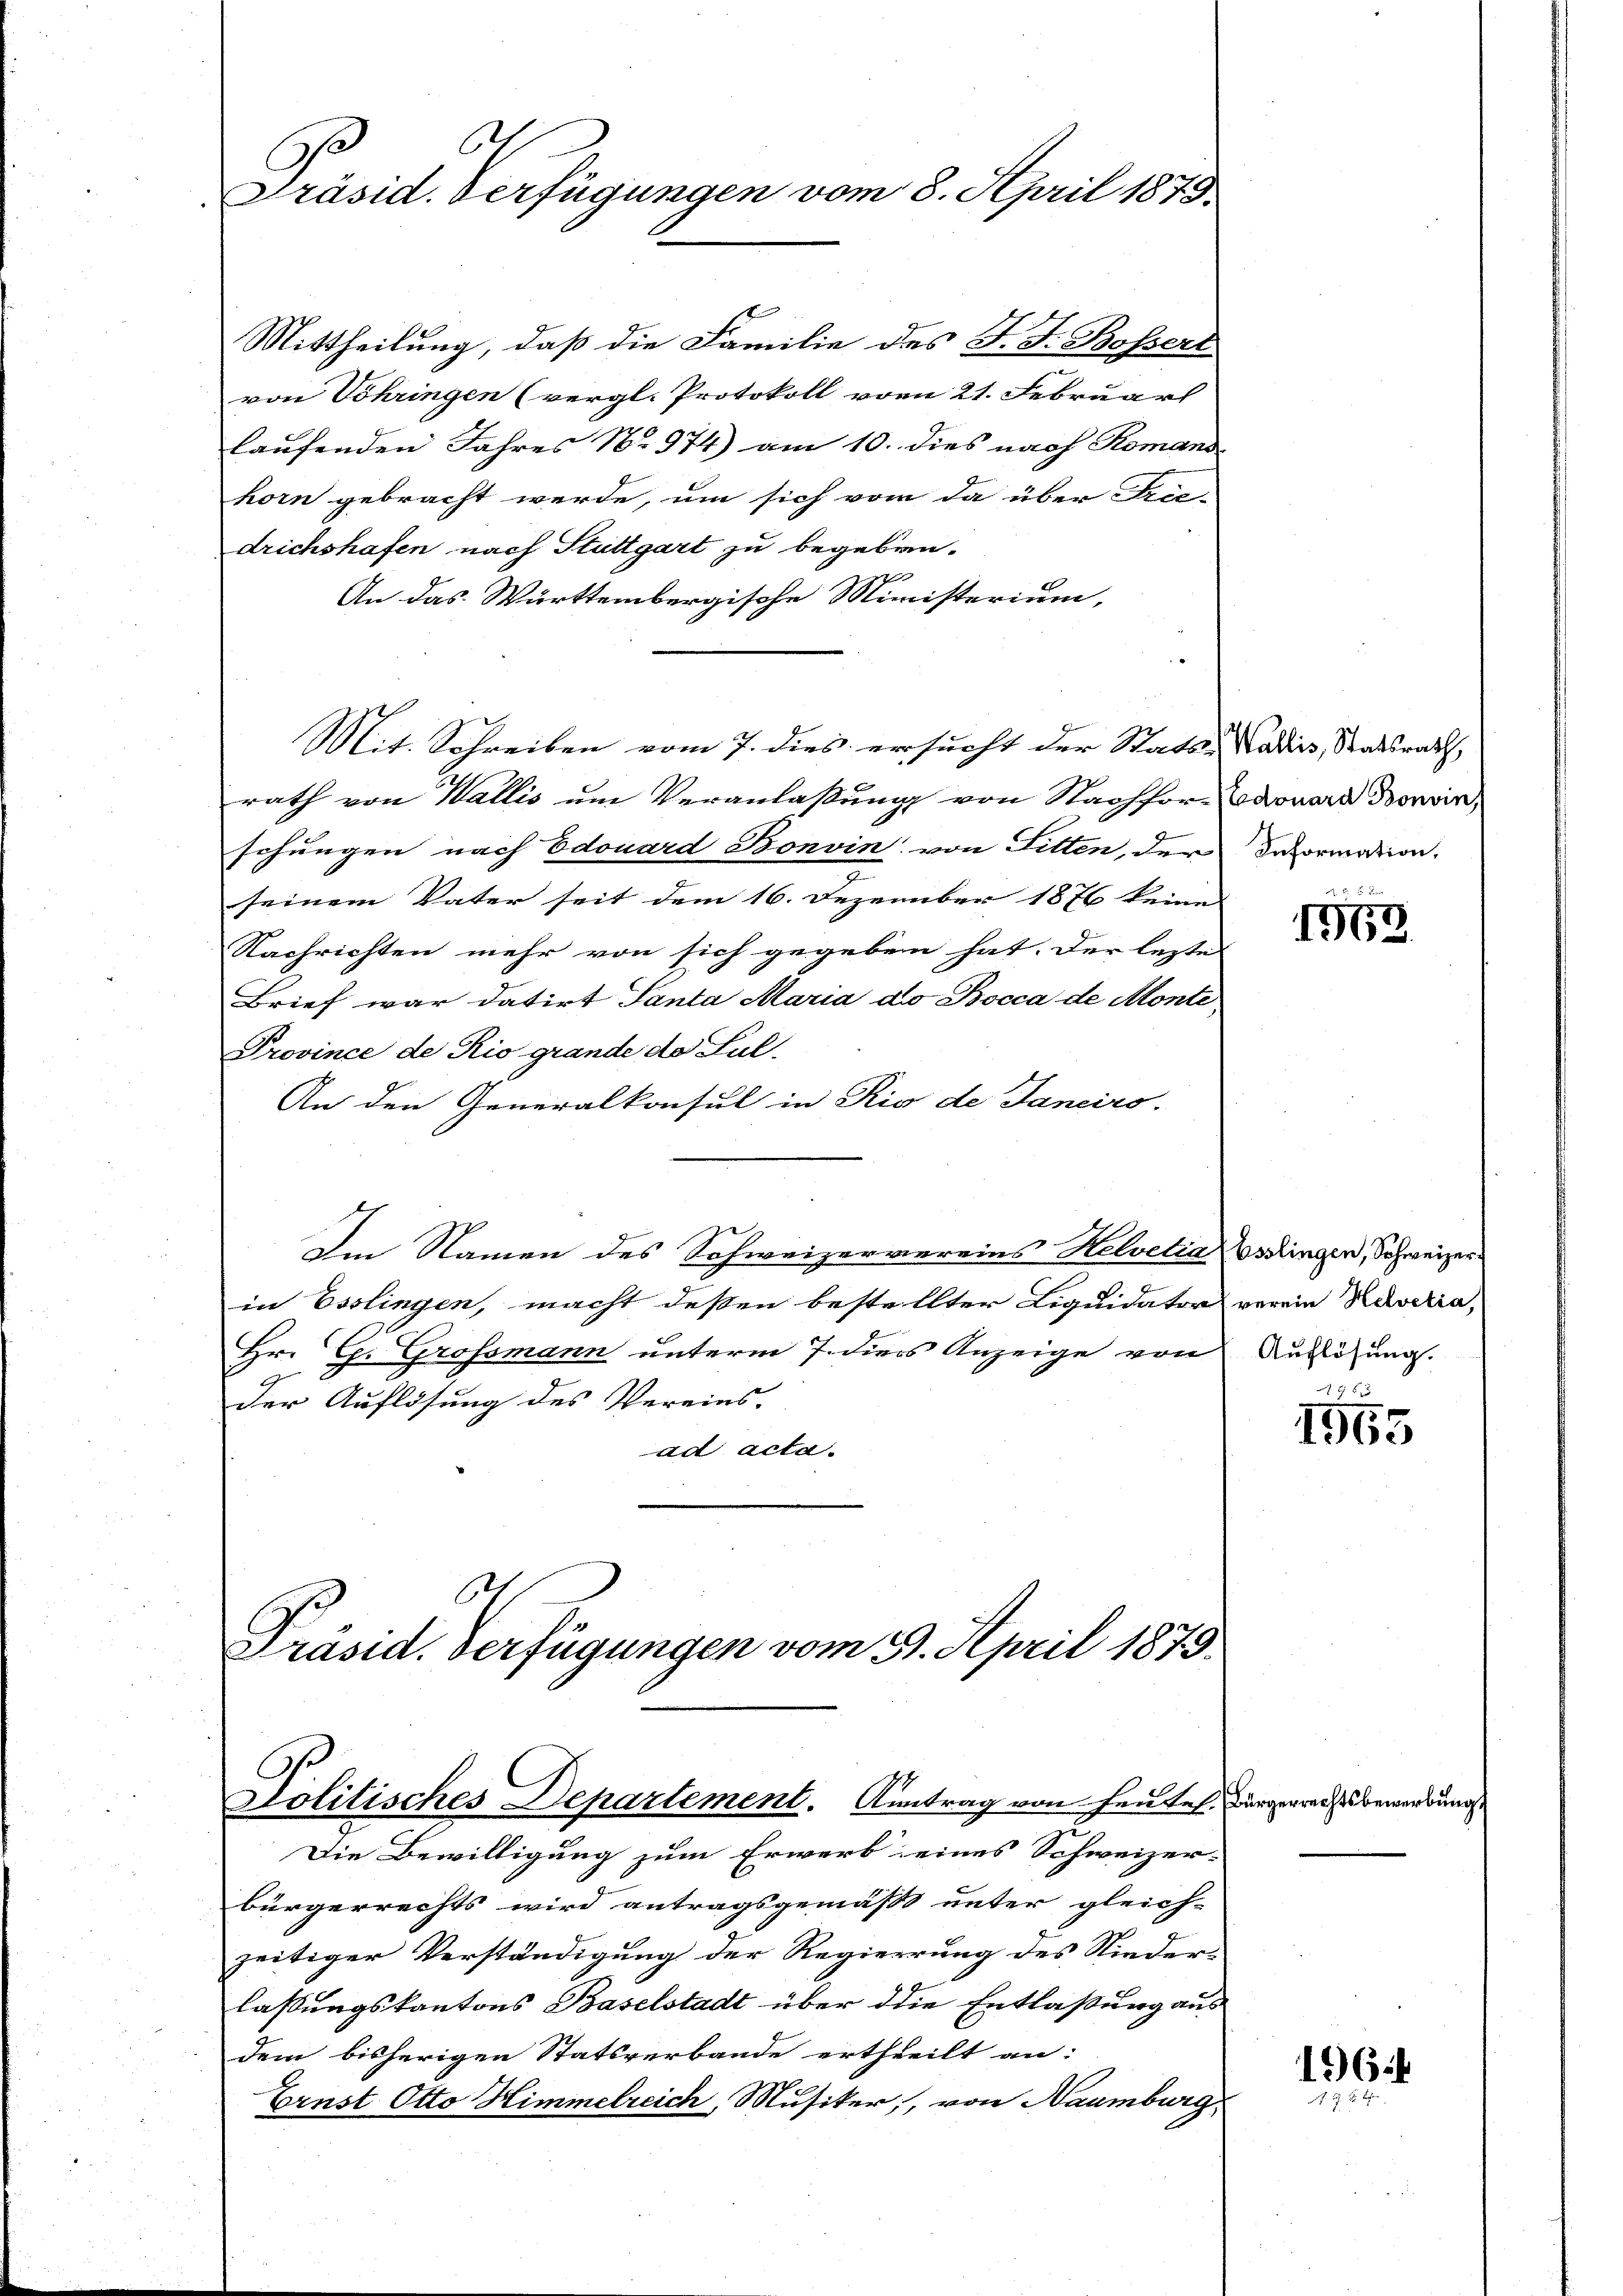
6
Präsid. Verfügungen vom 8. April 1875

Mittheilung, daß die Familie des J. J. Bossert
von Sohringen (vergl. Protokoll vom 21. Februar
laufenden Jahres No 974) am 10. dies nach Romand
horn gebracht werde, um sich vom da über Frie-
drichshafen nach Stuttgart zu begeben.
An das Württembergische Ministerium,
rath von Wallis um Veranlaßung von Staaffor- Edouard Bonin,
schungen nach Edouard Bonvin, von Fitten, der Dahormation.
u
seinem Vater seit dem 16. Dezember 1876 keine |
Nachrichten mehr von sich gegeben hat. Der lezte
Brief war datirt Tanta Maria do Bocca de Monte
Province de Rio grande de Jul.
An den Generalkonsul in Rio de Janeiro-
Im Namen des Schweizervereins Helvetia
in Esslingen, macht deßen bestellter Liquidator
Hr. C. Grossmann unterm 7. dies Anzeige von
der Auflösung des Vereins-
ad acta.
6

Mit. Schreiben vom 7. dies ersucht der Statt-Nadiis, Stadtsrath,

Präsid. verfügungen vom 31. April 1875

Solitisches Departement. Antrag von heutes. Bürgerrecht bewerbung.

Die Bewilligung zum Erwerb eines Schweizer-
bürgerrechts wird antragsgemäß unter gleich-
zeitiger Verständigung der Regierung des Nieder-
lassungskantons Baselstadt über die Entlaßung aus
dem bisherigen Statsverbande ertheilt an:
Ernst Otto Himmelreich, Musiker, von Naumburg

1563

Esslingen, Schweizer
verein Helvetia,
(Auflösung.

148 x
1965

16
73